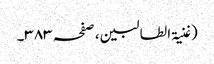
(غنیۃ الطالبین ، صفحہ ٣٨٣۔